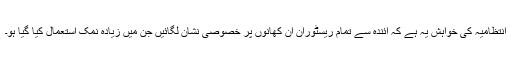
انتظامیہ کی خواہش یہ ہے کہ آئندہ سے تمام ریسٹوران اْن کھانوں پر خصوصی نشان لگائیں جن میں زیادہ نمک استعمال کیا گیا ہو۔